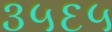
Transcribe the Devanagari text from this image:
३५६५